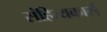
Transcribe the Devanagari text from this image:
संहित्यकारों